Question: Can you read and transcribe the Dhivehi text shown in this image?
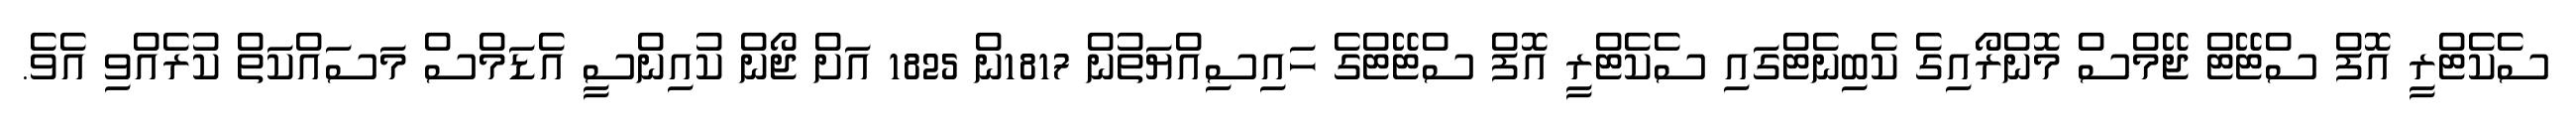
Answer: ސެކެޓްރީ އޮފް ސްޓޭޓް ޖޭމްސް މޮންރޯއިގެ ކެބިނެޓްގައި ސެކެޓްރީ އޮފް ސްޓޭޓްގެ ހައިސިއްޔަތުން 1817ން 1825 އަށް ޖޯން ކުއިންސީ އެޑަމްސް މަސައްކަތް ކުރެއްވި އެވެ.